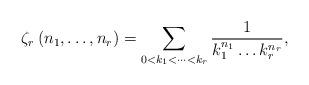
LaTeX: \begin{align*}\zeta_{r}\left(n_{1},\dots,n_{r}\right)=\sum_{0<k_{1}<\dots<k_{r}}\frac{1}{k_{1}^{n_{1}}\dots k_{r}^{n_{r}}},\end{align*}